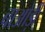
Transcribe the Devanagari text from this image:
बाओड़ी